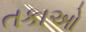
તકાઓ